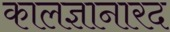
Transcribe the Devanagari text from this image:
कालज्ञानारद